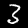
Label: 3